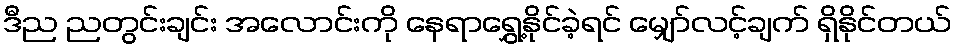
ဒီည ညတွင်းချင်း အလောင်းကို နေရာရွှေ့နိုင်ခဲ့ရင် မျှော်လင့်ချက် ရှိနိုင်တယ်